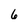
Character: 6